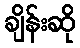
ချိန်းဆို